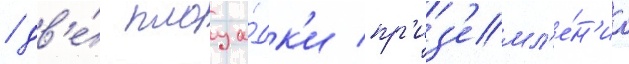
/ дв'е́ площа́дк'и пр'из'емл'е́н'иа